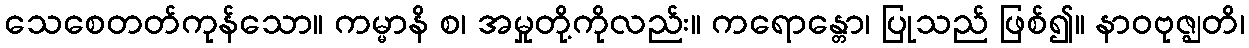
သေစေတတ်ကုန်သော။ ကမ္မာနိ စ၊ အမှုတို့ကိုလည်း။ ကရောန္တော၊ ပြုသည် ဖြစ်၍။ နာဝဗုဇ္ဈတိ၊